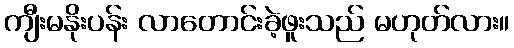
ကျီးမနိုးပန်း လာတောင်းခဲ့ဖူးသည် မဟုတ်လား။